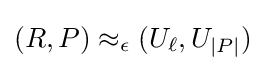
(R,P)\approx _{\epsilon }(U_{\ell },U_{|P|})